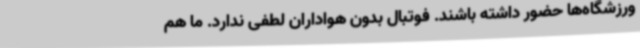
ورزشگاه‌ها حضور داشته باشند. فوتبال بدون هواداران لطفی ندارد. ما هم